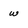
Character: w